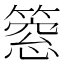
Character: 𥲡